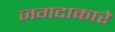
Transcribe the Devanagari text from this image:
जगदाकारे